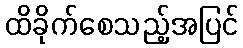
ထိခိုက်စေသည့်အပြင်